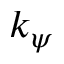
k _ { \psi }